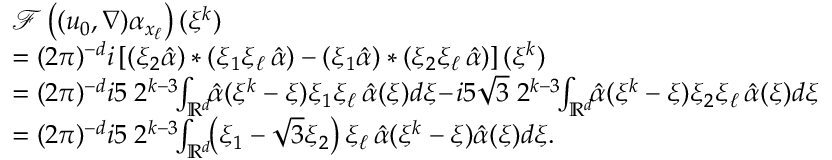
\begin{array} { r l } & { \mathcal { F } \left( ( u _ { 0 } , \nabla ) \alpha _ { x _ { \ell } } \right) ( \xi ^ { k } ) } \\ & { = ( 2 \pi ) ^ { - d } i \left[ ( \xi _ { 2 } \hat { \alpha } ) * ( \xi _ { 1 } \xi _ { \ell } \, \hat { \alpha } ) - ( \xi _ { 1 } \hat { \alpha } ) * ( \xi _ { 2 } \xi _ { \ell } \, \hat { \alpha } ) \right] ( \xi ^ { k } ) } \\ & { = ( 2 \pi ) ^ { - d } i 5 \; 2 ^ { k - 3 } \! \! \int _ { \mathbb { R } ^ { d } } \! \! \hat { \alpha } ( \xi ^ { k } - \xi ) \xi _ { 1 } \xi _ { \ell } \, \hat { \alpha } ( \xi ) d \xi \! - \! i 5 \sqrt { 3 } \; 2 ^ { k - 3 } \! \! \int _ { \mathbb { R } ^ { d } } \! \! \hat { \alpha } ( \xi ^ { k } - \xi ) \xi _ { 2 } \xi _ { \ell } \, \hat { \alpha } ( \xi ) d \xi } \\ & { = ( 2 \pi ) ^ { - d } i 5 \; 2 ^ { k - 3 } \! \! \int _ { \mathbb { R } ^ { d } } \! \! \left( \xi _ { 1 } - \sqrt { 3 } \xi _ { 2 } \right) \xi _ { \ell } \, \hat { \alpha } ( \xi ^ { k } - \xi ) \hat { \alpha } ( \xi ) d \xi . } \end{array}